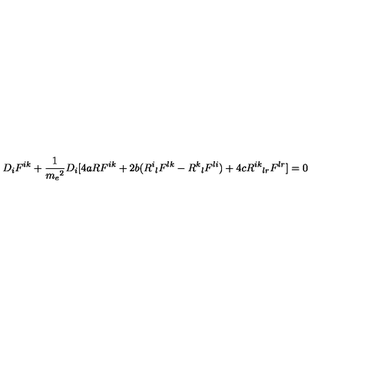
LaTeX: D _ { i } F ^ { i k } + \frac { 1 } { { m _ { e } } ^ { 2 } } D _ { i } [ 4 a R F ^ { i k } + 2 b ( { R ^ { i } } _ { l } F ^ { l k } - { R ^ { k } } _ { l } F ^ { l i } ) + 4 c { R ^ { i k } } _ { l r } F ^ { l r } ] = 0